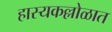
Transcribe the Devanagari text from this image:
हास्यकल्लोळात